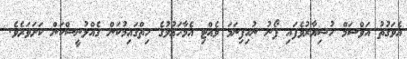
އެވަގުތު އަވްސަމް ހުޝިޔާރުވެފައި ފޯނު ނުހިފިނަމަ ވެއްޓި އެމާހަޢުލުގެ ހިތްގައިމުކަން ގެއްލުނީސްކަން ކަށަވަރެވެ.